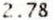
2.78